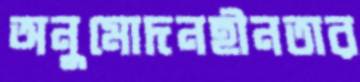
অনুমোদনহীনতার